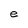
Character: e